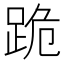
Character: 跪